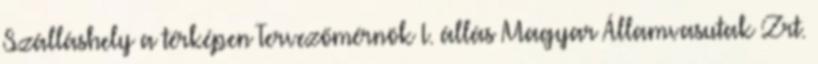
Szálláshely a térképen Tervezőmérnök I. állás Magyar Államvasutak Zrt.